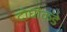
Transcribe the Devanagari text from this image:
दोघांकडे